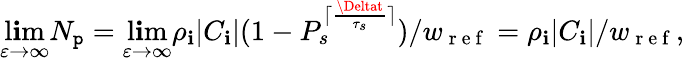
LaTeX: \operatorname*{l\mathbf{i}m}_{\varepsilon\to\infty}N_{\mathtt{p}}=\operatorname*{l\mathbf{i}m}_{\varepsilon\to\infty}\rho_{\mathbf{i}}|C_{\mathbf{i}}|(1-P_{s}^{\lceil\frac{{\Deltat}}{{\tau_{s}}}\rceil})/w_{\mathrm{{~r~e~f~}}}=\rho_{\mathbf{i}}|C_{\mathbf{i}}|/w_{\mathrm{{~r~e~f~}}},